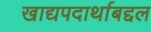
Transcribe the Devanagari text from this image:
खाद्यपदार्थाबद्दल